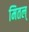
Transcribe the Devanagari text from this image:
मितल्